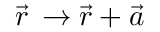
{ \vec { r } } \, \rightarrow { \vec { r } } + { \vec { a } }